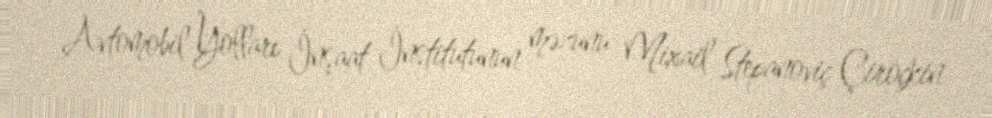
Avtomobil Yolları İnşaat İnstitutunun məzunu Mixail Stepanoviç Çiroçkin